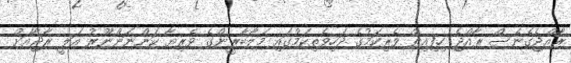
ރާއްޖެގެނެސް ރާއްޖެ ހިފިއިރު ވެރިކަމުގެ ދަހިވެތިކަމުގައި މަލާބާރީންގެ ވެރިޔާ ކަންނަންނޫރު އަލީ ރާޖާއަށް